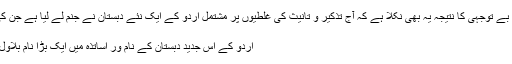
البتہ بہت سے لوگوں کی غفلت اور بے توجہی کا نتیجہ یہ بھی نکلا ہے کہ آج تذکیر و تانیث کی غلطیوں پر مشتمل اردو کے ایک نئے دبستان نے جنم لے لیا ہے جن کی زبان میں بقول ظریف لکھنوی: :
مجنوں نظر آتی ہے، لیلیٰ نظر آتا
اردو کے اس جدید دبستان کے نام ور اساتذہ میں ایک بڑا نام بلاول بھٹو زرداری صاحب کا بھی ہے۔